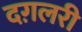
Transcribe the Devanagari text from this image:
दग़लरी